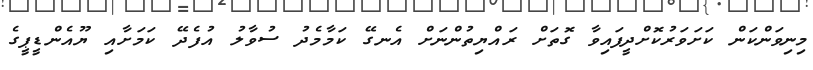
މިނިވަންކަން ކަށަވަރުކޮށްދީފައިވާ ގޮތަށް ރައްޔިތުންނަށް އެނގޭ ކަމާމެދު ސުވާލު އުފެދޭ ކަމަށާއި ޔޫއެންޑީޕީގެ